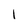
Character: I